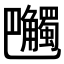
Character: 𧥔